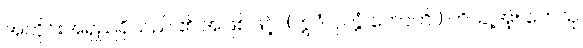
အတိုင်းအရှည်ရှိသည် ၏ အဖြစ်ဖြင့်။ (ဣဒံ ဝုတ္တံ ဟောတိ။) ဟိ၊ ချဲ့အံ့။ တေသု